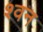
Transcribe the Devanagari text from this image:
श्वन